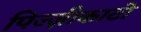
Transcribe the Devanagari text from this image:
पिज्ज़ीकाटो